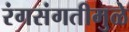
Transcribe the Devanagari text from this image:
रंगसंगतीमुळे